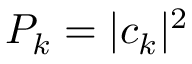
P _ { k } = | c _ { k } | ^ { 2 }